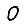
Digit: 0